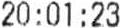
20:01:23